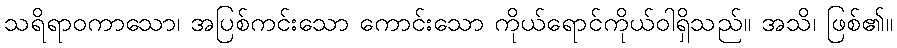
သရိရာဝကာသော၊ အပြစ်ကင်းသော ကောင်းသော ကိုယ်ရောင်ကိုယ်ဝါရှိသည်။ အသိ၊ ဖြစ်၏။